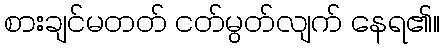
စားချင်မတတ် ငတ်မွတ်လျက် နေရ၏။